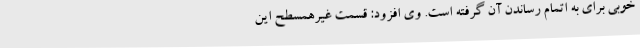
خوبی برای به اتمام رساندن آن گرفته است. وی افزود: قسمت غیرهمسطح این